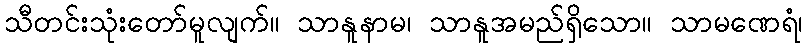
သီတင်းသုံးတော်မူလျက်။ သာနူနာမ၊ သာနူအမည်ရှိသော။ သာမဏေရံ၊